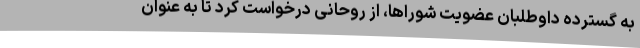
به گسترده داوطلبان عضویت شوراها، از روحانی درخواست کرد تا به عنوان